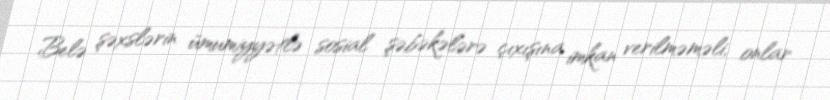
Belə şəxslərin ümumiyyətlə sosial şəbəkələrə çıxışına imkan verilməməli, onlar